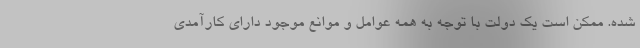
شده. ممکن است یک دولت با توجه به همه عوامل و موانع موجود دارای کارآمدی